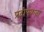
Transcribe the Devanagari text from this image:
प्रदीपकता